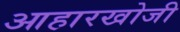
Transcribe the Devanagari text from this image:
आहारखोजी